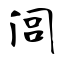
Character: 闾